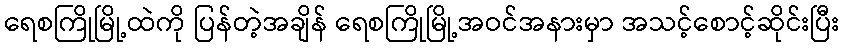
ရေစကြိုမြို့ထဲကို ပြန်တဲ့အချိန် ရေစကြိုမြို့အဝင်အနားမှာ အသင့်စောင့်ဆိုင်းပြီး